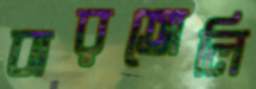
বারতোলি